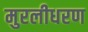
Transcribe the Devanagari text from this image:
मुरलीधरण